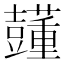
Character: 𧄓